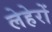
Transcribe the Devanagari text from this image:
लेहेरों